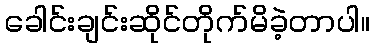
ခေါင်းချင်းဆိုင်တိုက်မိခဲ့တာပါ။